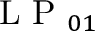
\mathrm { ~ L ~ P ~ } _ { 0 1 }